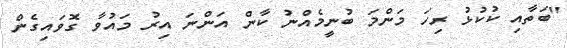
''ބަތާއި ކުކުޅު ރިހަ މަންމަ ބުނީމެއްނު ކާން އަންނަ އިރު މައުވާ ގޮވައިގެން